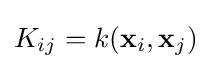
K_{ij}=k(\mathbf {x} _{i},\mathbf {x} _{j})